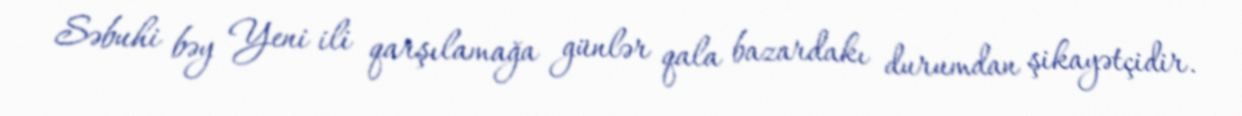
Səbuhi bəy Yeni ili qarşılamağa günlər qala bazardakı durumdan şikayətçidir.